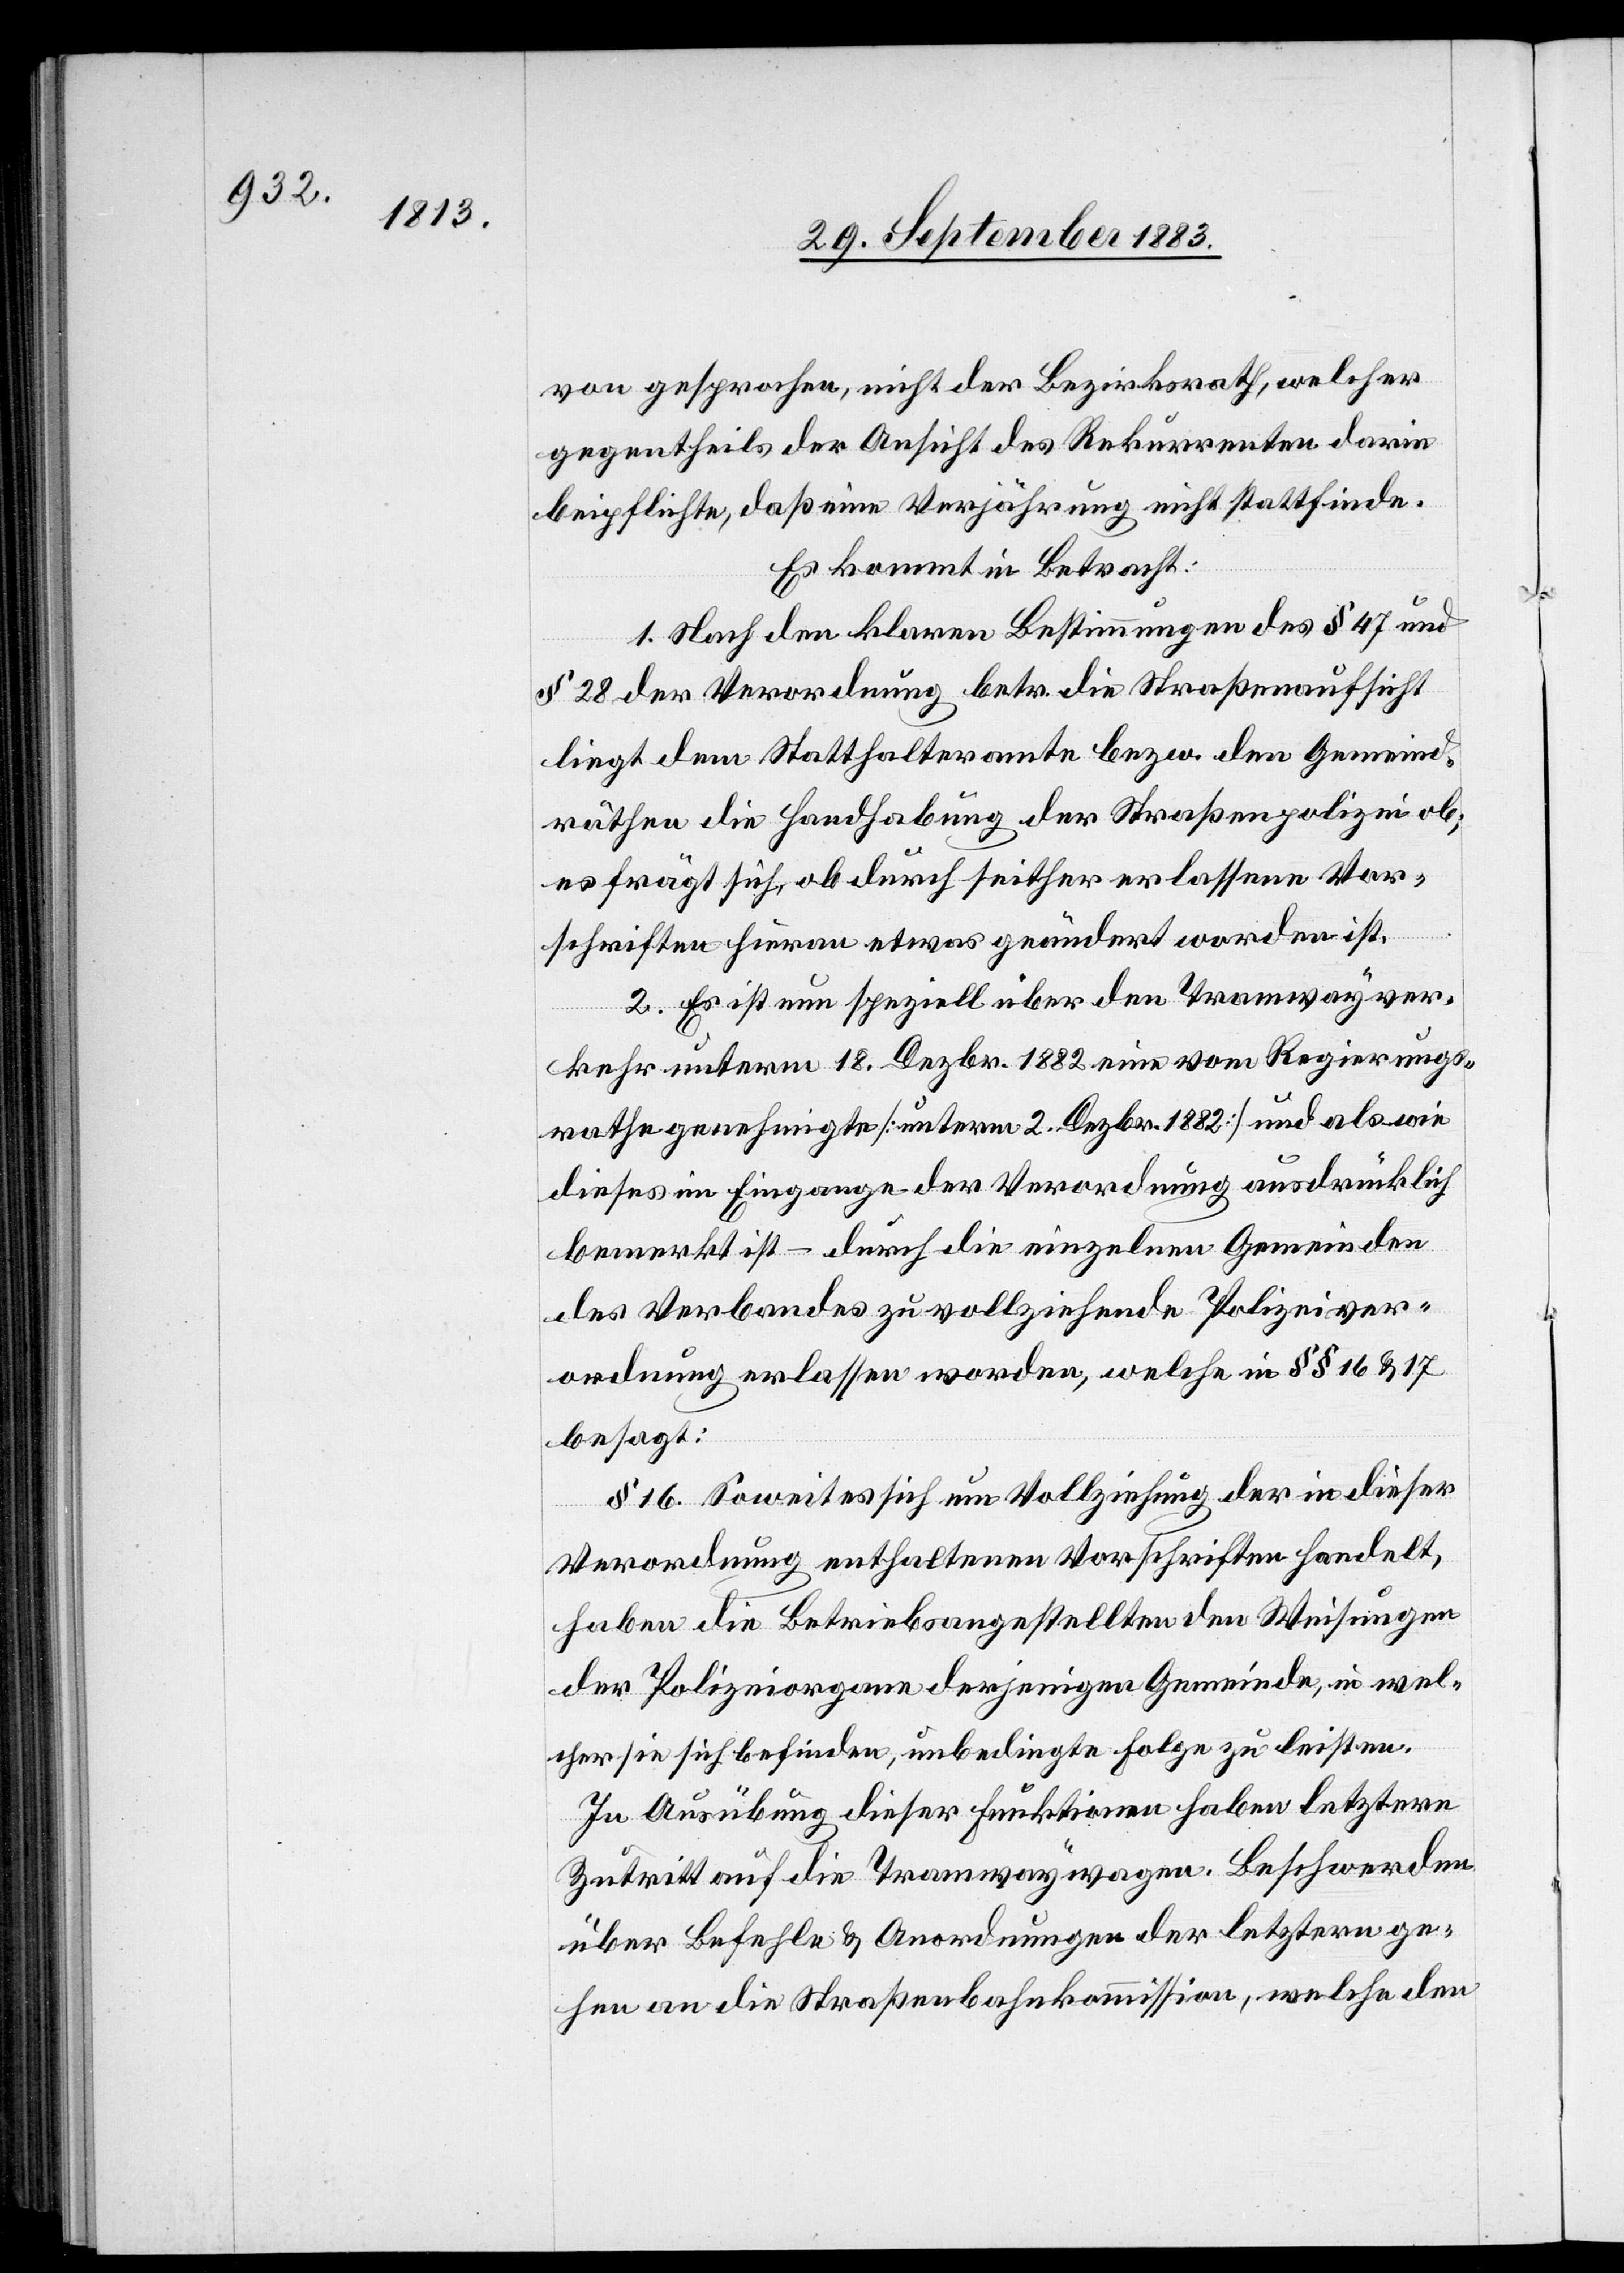
von gesprochen, nicht der Bezirksrath, welcher
gegentheils der Ansicht des Rekurrenten
beipflichte, daß eine Verjährung nicht stattfinde.
Es kommt in Betracht:
1. Nach den klaren Bestimmungen des § 47 und
§ 28 der Verordnung betr. die Straßenaufsicht
liegt dem Statthalteramte bezw. den Gemeind¬
räthen die Handhabung der Straßenpolizei ob;
es frägt sich, ob durch seither erlassene Vor¬
schriften hieran etwas geändert worden ist.
2. Es ist nun speziell über den Tramwayver¬
kehr unterm 18. Dezbr. 1882 eine vom Regierungs¬
rathe genehmigte [unterm 2. Dezbr. 1882] und als wie
dieses im Eingange der Verordnung ausdrücklich
bemerkt ist – durch die einzelnen Gemeinden
des Verbandes zu vollziehende Polizeiver¬
ordnung erlassen worden, welche in §§ 16 & 17
besagt:
§ 16. Soweit es sich um Vollziehung der in dieser
Verordnung enthaltenen Vorschriften handelt,
haben die Betriebsangestellten den Weisungen
der Polizeiorgane derjenigen Gemeinde, in wel¬
cher sie sich befinden, unbedingte Folge zu leisten.
In Ausübung dieser Funktionen haben letztere
Zutritt auf die Tramwaywagen. Beschwerden
über Befehle & Anordnungen der letzteren ge¬
hen an die Straßenbahnkommission, welche den